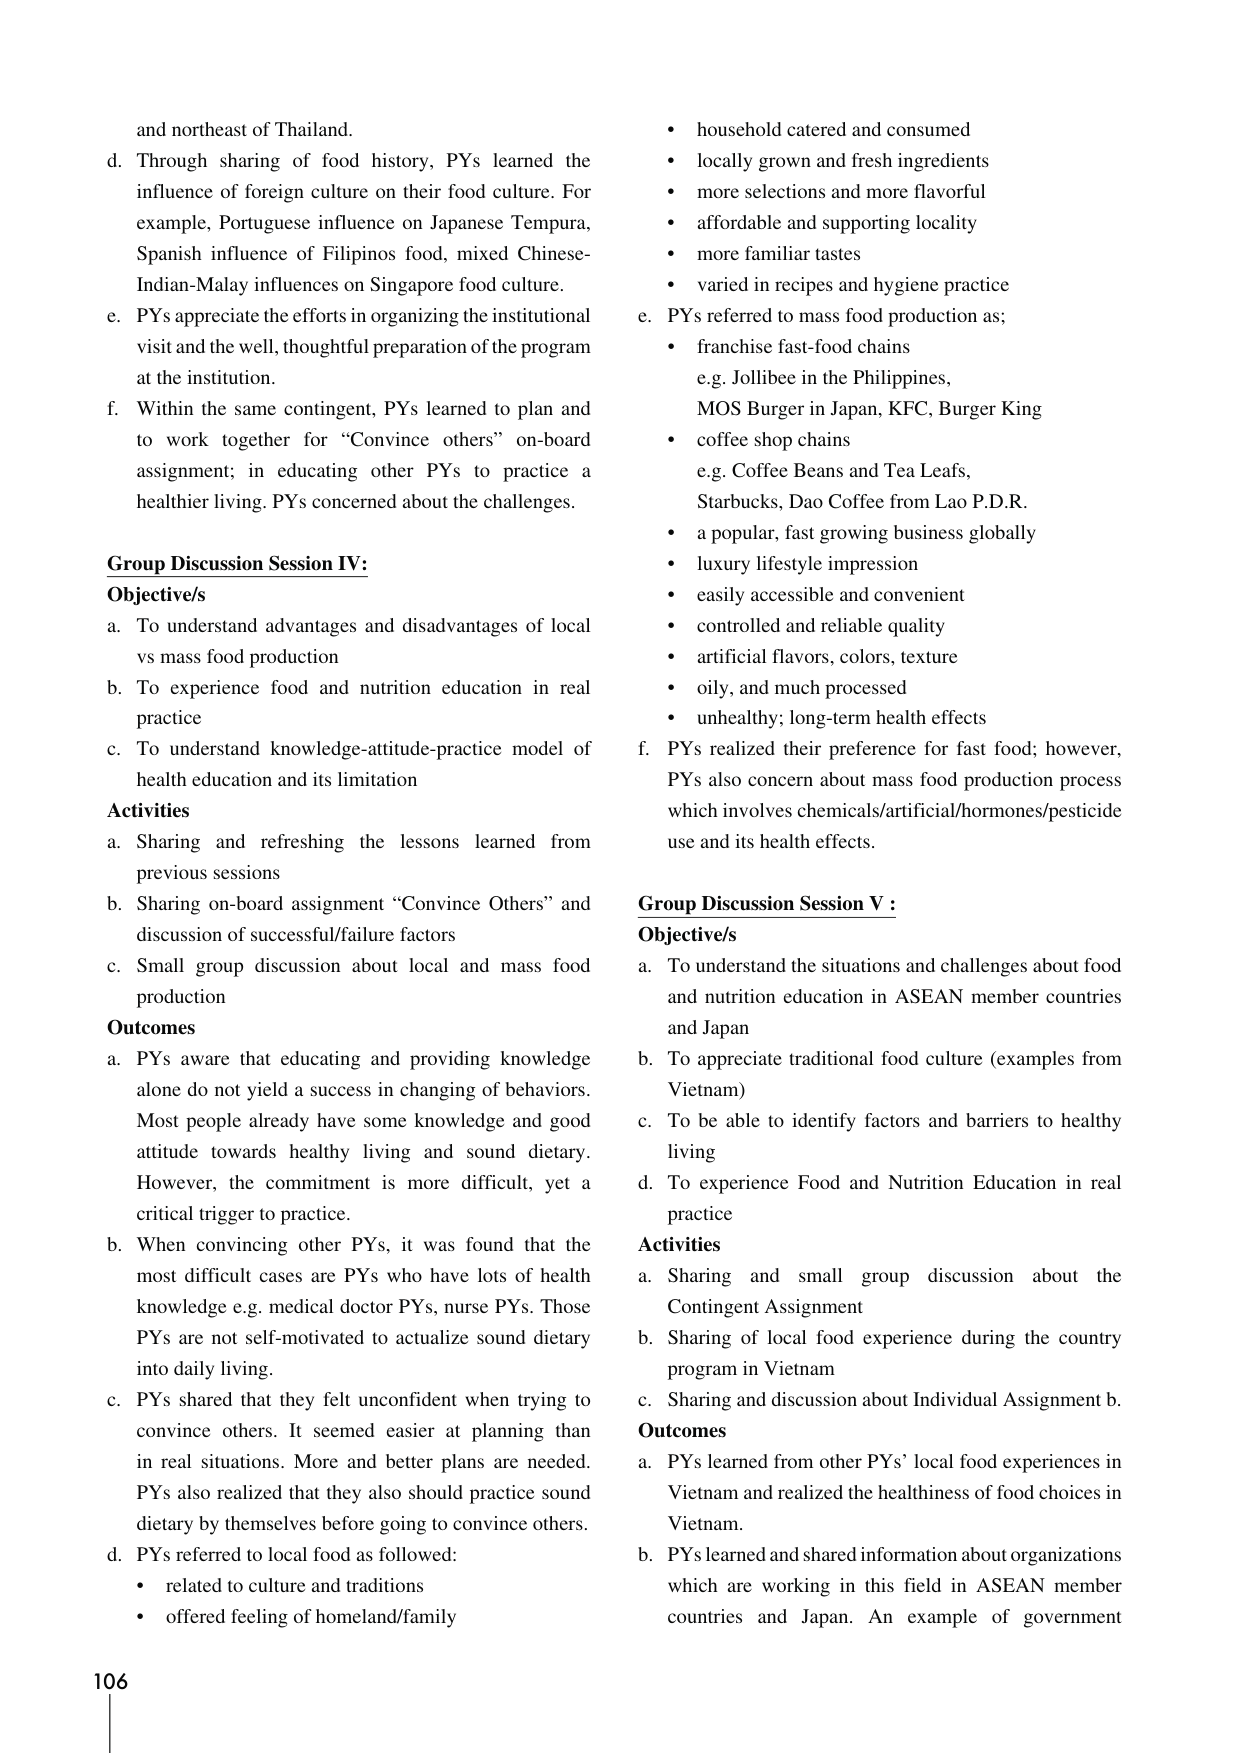
and northeast of Thailand.
d. Through sharing of food history, PYs learned the influence of foreign culture on their food culture. For example, Portuguese influence on Japanese Tempura, Spanish influence of Filipinos food, mixed Chinese-Indian-Malay influences on Singapore food culture.
e. PYs appreciate the efforts in organizing the institutional visit and the well, thoughtful preparation of the program at the institution.
f. Within the same contingent, PYs learned to plan and to work together for “Convince others” on-board assignment; in educating other PYs to practice a healthier living. PYs concerned about the challenges.

**Group Discussion Session IV:**
**Objective/s**
a. To understand advantages and disadvantages of local vs mass food production
b. To experience food and nutrition education in real practice
c. To understand knowledge-attitude-practice model of health education and its limitation

**Activities**
a. Sharing and refreshing the lessons learned from previous sessions
b. Sharing on-board assignment “Convince Others” and discussion of successful/failure factors
c. Small group discussion about local and mass food production

**Outcomes**
a. PYs aware that educating and providing knowledge alone do not yield a success in changing of behaviors. Most people already have some knowledge and good attitude towards healthy living and sound dietary. However, the commitment is more difficult, yet a critical trigger to practice.
b. When convincing other PYs, it was found that the most difficult cases are PYs who have lots of health knowledge e.g. medical doctor PYs, nurse PYs. Those PYs are not self-motivated to actualize sound dietary into daily living.
c. PYs shared that they felt unconfident when trying to convince others. It seemed easier at planning than in real situations. More and better plans are needed. PYs also realized that they also should practice sound dietary by themselves before going to convince others.
d. PYs referred to local food as followed:
• related to culture and traditions
• offered feeling of homeland/family
• household catered and consumed
• locally grown and fresh ingredients
• more selections and more flavorful
• affordable and supporting locality
• more familiar tastes
• varied in recipes and hygiene practice
e. PYs referred to mass food production as:
• franchise fast-food chains
e.g. Jollibee in the Philippines, MOS Burger in Japan, KFC, Burger King
• coffee shop chains
e.g. Coffee Beans and Tea Leafs, Starbucks, Dao Coffee from Lao P.D.R.
• a popular, fast growing business globally
• luxury lifestyle impression
• easily accessible and convenient
• controlled and reliable quality
• artificial flavors, colors, texture
• oily, and much processed
• unhealthy; long-term health effects
f. PYs realized their preference for fast food; however, PYs also concern about mass food production process which involves chemicals/artificial/hormones/pesticide use and its health effects.

**Group Discussion Session V :**
**Objective/s**
a. To understand the situations and challenges about food and nutrition education in ASEAN member countries and Japan
b. To appreciate traditional food culture (examples from Vietnam)
c. To be able to identify factors and barriers to healthy living
d. To experience Food and Nutrition Education in real practice

**Activities**
a. Sharing and small group discussion about the Contingent Assignment
b. Sharing of local food experience during the country program in Vietnam
c. Sharing and discussion about Individual Assignment b.

**Outcomes**
a. PYs learned from other PYs’ local food experiences in Vietnam and realized the healthiness of food choices in Vietnam.
b. PYs learned and shared information about organizations which are working in this field in ASEAN member countries and Japan. An example of government

106